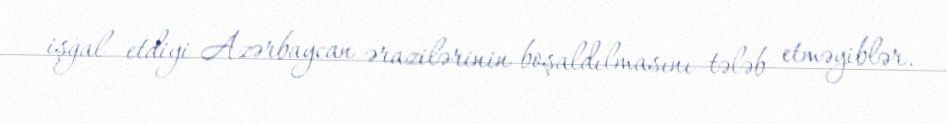
işğal etdiyi Azərbaycan ərazilərinin boşaldılmasını tələb etməyiblər.